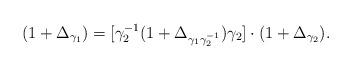
LaTeX: \begin{align*}(1+\Delta_{\gamma_1})=[\gamma_2^{-1}(1+\Delta_{\gamma_1\gamma_2^{-1}})\gamma_2]\cdot(1+\Delta_{\gamma_2}).\end{align*}